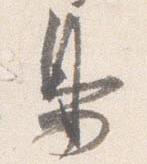
鳥